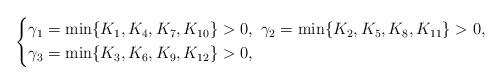
LaTeX: \begin{align*}\left\{ \begin{aligned}&\gamma_1=\min\{K_1,K_4,K_7,K_{10}\}>0,~ \gamma_2=\min\{K_2,K_5,K_8,K_{11}\}>0,\\&\gamma_3=\min\{K_3,K_6,K_9,K_{12}\}>0,\end{aligned} \right.\end{align*}